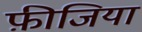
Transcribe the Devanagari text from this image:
फ़ीजिया